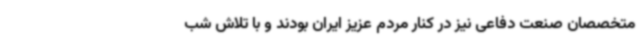
متخصصان صنعت دفاعی نیز در کنار مردم عزیز ایران بودند و با تلاش شب